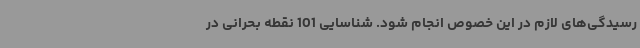
رسیدگی‌های لازم در این خصوص انجام شود. شناسایی 101 نقطه بحرانی در